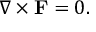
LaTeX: { \nabla } \times { \mathbf { F } } = 0 .